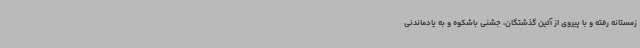
زمستانه رفته و با پیروی از آئین گذشتگان، جشنی باشکوه و به یادماندنی